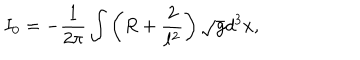
LaTeX: I _ { 0 } = - \frac { 1 } { 2 \pi } \int \left( R + \frac { 2 } { \ell ^ { 2 } } \right) \sqrt { g } d ^ { 3 } x ,